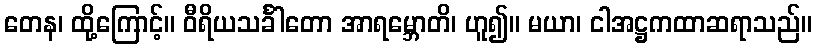
တေန၊ ထို့ကြောင့်။ ဝီရိယသင်္ခါတော အာရမ္ဘောတိ၊ ဟူ၍။ မယာ၊ ငါအဋ္ဌကထာဆရာသည်။